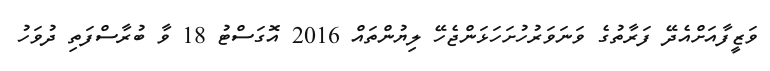
ވަޒީފާއަށްއެދޭ ފަރާތުގެ ވަނަވަރުހުށަހަޅަންޖެހޭ ލިޔުންތައް 2016 އޮގަސްޓު 18 ވާ ބުރާސްފަތި ދުވަހު